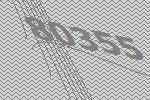
80355